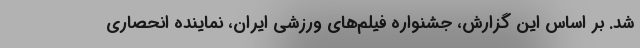
شد. بر اساس این گزارش، جشنواره فیلم‌های ورزشی ایران، نماینده انحصاری